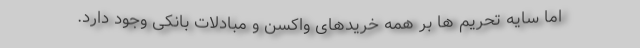
اما سایه تحریم ها بر همه خریدهای واکسن و مبادلات بانکی وجود دارد.